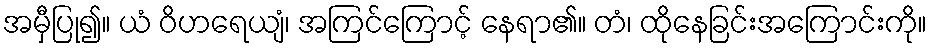
အမှီပြု၍။ ယံ ဝိဟရေယျံ၊ အကြင်ကြောင့် နေရာ၏။ တံ၊ ထိုနေခြင်းအကြောင်းကို။